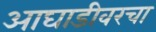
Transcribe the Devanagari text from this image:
आघाडीवरचा